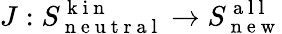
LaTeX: J:S_{\mathrm{~n~e~u~t~r~a~l~}}^{\mathrm{~k~i~n~}}\to S_{\mathrm{~n~e~w~}}^{\mathrm{~a~l~l~}}